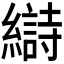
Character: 𫄋